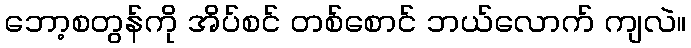
ဘော့စတွန်ကို အိပ်စင် တစ်စောင် ဘယ်လောက် ကျလဲ။